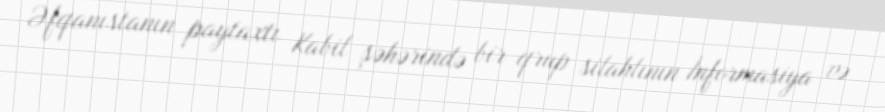
Əfqanıstanın paytaxtı Kabil şəhərində bir qrup silahlının İnformasiya və